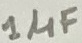
Text: 1µF